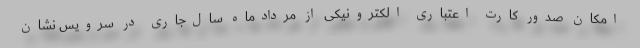
امکان صدور کارت اعتباری الکترونیکی از مردادماه سال‌جاری در سرویس نشان